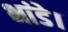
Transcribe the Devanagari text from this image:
भांडे।